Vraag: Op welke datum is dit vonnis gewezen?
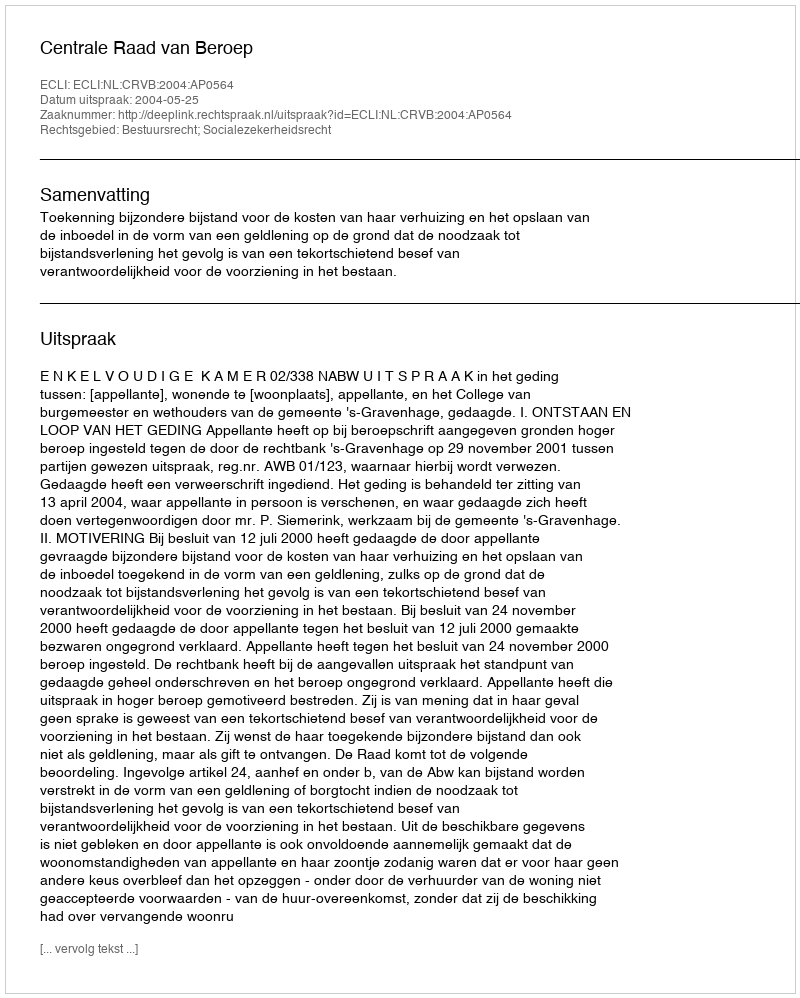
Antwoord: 2004-05-25